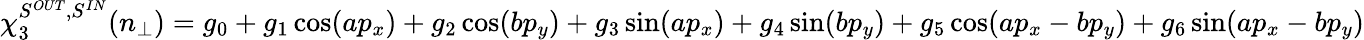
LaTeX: \chi_{3}^{S^{OUT},S^{IN}}(n_{\perp})=g_{0}+g_{1}\cos(ap_{x})+g_{2}\cos(bp_{y})+g_{3}\sin(ap_{x})+g_{4}\sin(bp_{y})+g_{5}\cos(ap_{x}-bp_{y})+g_{6}\sin(ap_{x}-bp_{y})